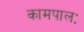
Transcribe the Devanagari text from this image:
कामपालः